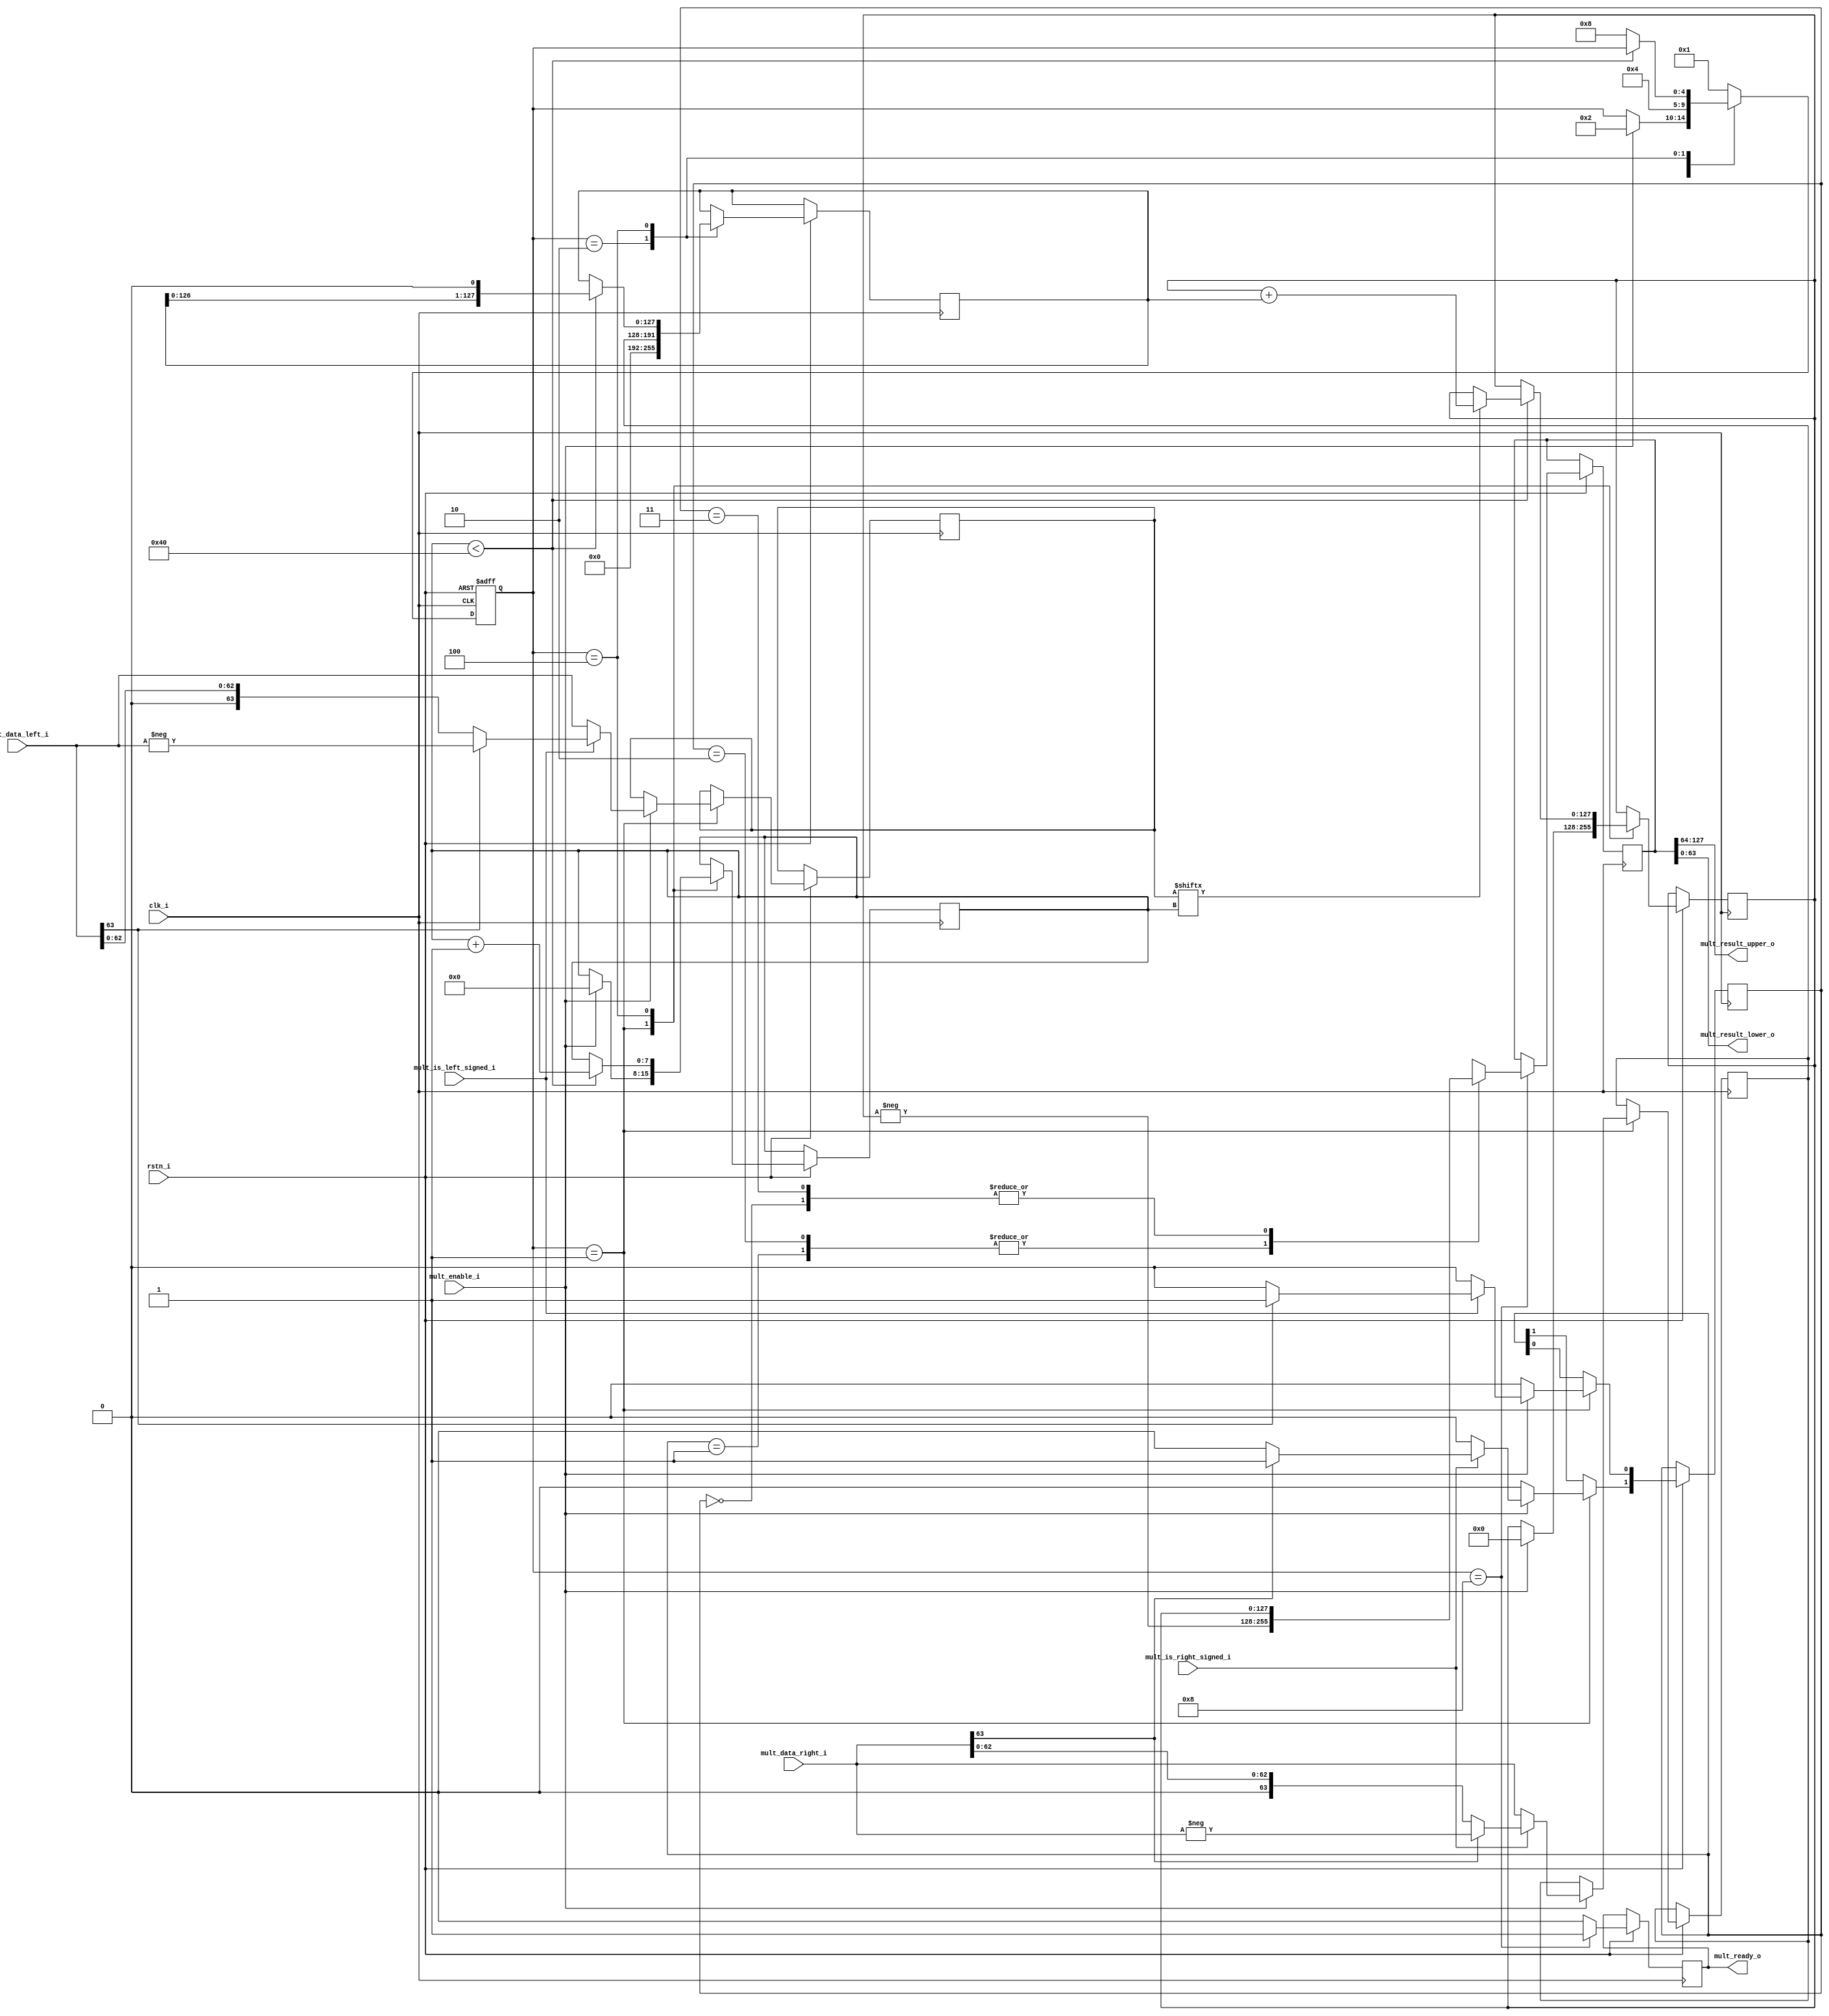
`timescale 1ns / 1ps
//////////////////////////////////////////////////////////////////////////////////
// Company: 
// 
// Design Name: 
// Module Name: mystic_multiplier
// Project Name: 
// Target Devices: 
// Tool Versions: 
// Description: 
// 
// Dependencies: 
// 
// Revision:
// Revision 0.01 - File Created
// Additional Comments:
// 
//////////////////////////////////////////////////////////////////////////////////


module mystic_multiplier(
   input  wire             clk_i,
   input  wire             rstn_i,
   input  wire             mult_is_left_signed_i,
   input  wire             mult_is_right_signed_i,
   input  wire             mult_enable_i,
   input  wire   [63:0]    mult_data_left_i,
   input  wire   [63:0]    mult_data_right_i,
   output wire   [63:0]    mult_result_upper_o,
   output wire   [63:0]    mult_result_lower_o,
   output reg              mult_ready_o
);

reg [7:0] cntr;

reg [127:0] ADVAL;

reg [4:0] state;
localparam S_IDLE  = 5'b00001;
localparam S_DELAY = 5'b00010;
localparam S_MULT  = 5'b00100;
localparam S_DONE  = 5'b01000;

reg   [127:0] mult_result_reg;
reg   [127:0] mult_result_int;
reg   [63:0]  mult_data_left_reg;
reg   [63:0]  mult_data_right_reg;
reg   [1:0]   mul_polarity;

always @(posedge clk_i, negedge rstn_i) begin
   if (!rstn_i) begin
      state <= S_IDLE;
   end else begin 
      mult_ready_o      <= 1'b0;
      case (state)
         S_IDLE: begin
            mul_polarity    <= 2'b00;
            if (mult_enable_i) begin
               state           <= S_DELAY;
               cntr            <= 0;
               mult_result_reg <= 0;

               mult_data_left_reg      <= mult_data_left_i;
               mult_data_right_reg     <= mult_data_right_i;

               if (mult_is_left_signed_i) begin
                  if (mult_data_left_i[63]) begin
                     mult_data_left_reg      <= $unsigned(-mult_data_left_i);
                     mul_polarity[0]         <= 1'b1;                                    
                  end
               end
               
               if (mult_is_right_signed_i) begin 
                  if (mult_data_right_i[63]) begin
                     mult_data_right_reg     <= $unsigned(-mult_data_right_i);
                     mul_polarity[1]         <= 1'b1;                                    
                  end
               end
            end
         end 

         S_DELAY: begin
            ADVAL   <= {{64{1'b0}}, mult_data_right_reg};
            state   <= S_MULT;
         end

         S_MULT: begin
            if (cntr < 64) begin
               if (mult_data_left_reg[cntr]) begin
                  mult_result_reg <= mult_result_reg + ADVAL;
               end
               ADVAL   <= {ADVAL[126:0], 1'b0}; // shift left
               cntr    <= cntr + 1;
            end else begin 
               state   <= S_DONE;
            end
         end

         S_DONE: begin
            mult_ready_o    <= 1'b1;
            state           <= S_IDLE;
            case (mul_polarity)
               2'b00: mult_result_int   <= mult_result_reg;
               2'b01: mult_result_int   <= $unsigned(-mult_result_reg);
               2'b10: mult_result_int   <= $unsigned(-mult_result_reg);
               2'b11: mult_result_int   <= mult_result_reg;
            endcase
         end

         default: begin
            state <= S_IDLE;
         end
      endcase
   end
end

assign mult_result_upper_o = mult_result_int[127:64];
assign mult_result_lower_o = mult_result_int[63:0];

endmodule